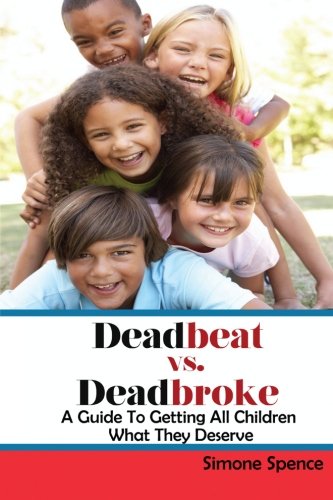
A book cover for Deadbeat vs Deadbroke: How to Collect Your Child Support When They Are Self-Employed, Unemployed, Quasi-Employed, Working Under-The-Table or In Cash-Based Businesses, and More...; Simone Spence; Law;